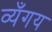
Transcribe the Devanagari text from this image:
व्यँगय